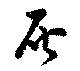
灰